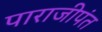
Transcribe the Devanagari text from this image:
पाराजीपंत